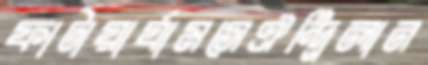
ফাটায়ার‍্যামসেঐন্দ্রিলান